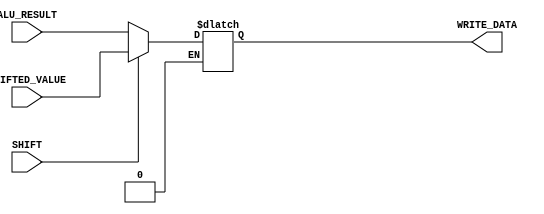
//E/16/078
//mux to select the write data of register file : shifter output / alu result

module mux_reg (ALU_RESULT,SHIFTED_VALUE,SHIFT,WRITE_DATA);


	//port declaration
	input [7:0]ALU_RESULT;
	input [7:0]SHIFTED_VALUE;
	input SHIFT;

	//output
	output [7:0]WRITE_DATA;
	reg [7:0]WRITE_DATA;
	
	always @ (ALU_RESULT,SHIFTED_VALUE,SHIFT)
	begin
		
		//write alu result
		if (SHIFT == 1'b0)
		begin
			WRITE_DATA = ALU_RESULT;
		end
		
		//write shiter output
		else if (SHIFT == 1'b1)
		begin
			WRITE_DATA = SHIFTED_VALUE;
		end
		
	end

endmodule